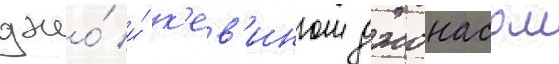
джо́ и́ к'ев'ином джонасом